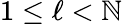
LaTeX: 1\leq\ell<\mathbb{N}